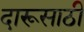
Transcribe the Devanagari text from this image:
दारूसाठी